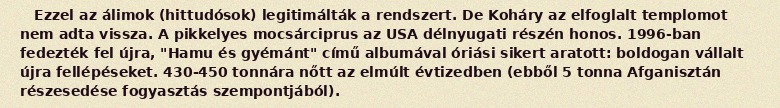
Ezzel az álimok (hittudósok) legitimálták a rendszert. De Koháry az elfoglalt templomot nem adta vissza. A pikkelyes mocsárciprus az USA délnyugati részén honos. 1996-ban fedezték fel újra, "Hamu és gyémánt" című albumával óriási sikert aratott: boldogan vállalt újra fellépéseket. 430-450 tonnára nőtt az elmúlt évtizedben (ebből 5 tonna Afganisztán részesedése fogyasztás szempontjából).